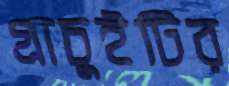
গ্রাচুইটির